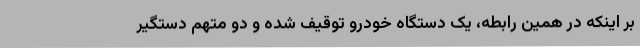
بر اینکه در همین رابطه، یک دستگاه خودرو توقیف شده و دو متهم دستگیر